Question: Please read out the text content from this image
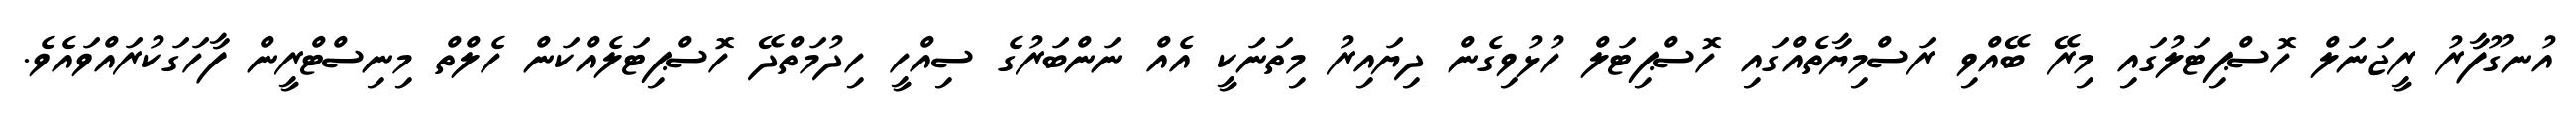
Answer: އުނގޫފާރު ރީޖަނަލް ހޮސްޕިޓަލުގައި މިރޭ ބޭއްވި ރަސްމިޔާތެއްގައި ހޮސްޕިޓަލް ހުޅުވިގެން ދިޔައިރު މިތަނަކީ އެއް ނަންބަރުގެ ސިއްހީ ހިދުމަތްދޭ ހޮސްޕިޓަލެއްކަން ހެލްތް މިނިސްޓްރީން ފާހަގަކުރައްވައެވެ.